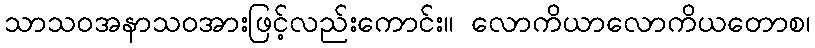
သာသဝအနာသဝအားဖြင့်လည်းကောင်း။ လောကိယာလောကိယတောစ၊